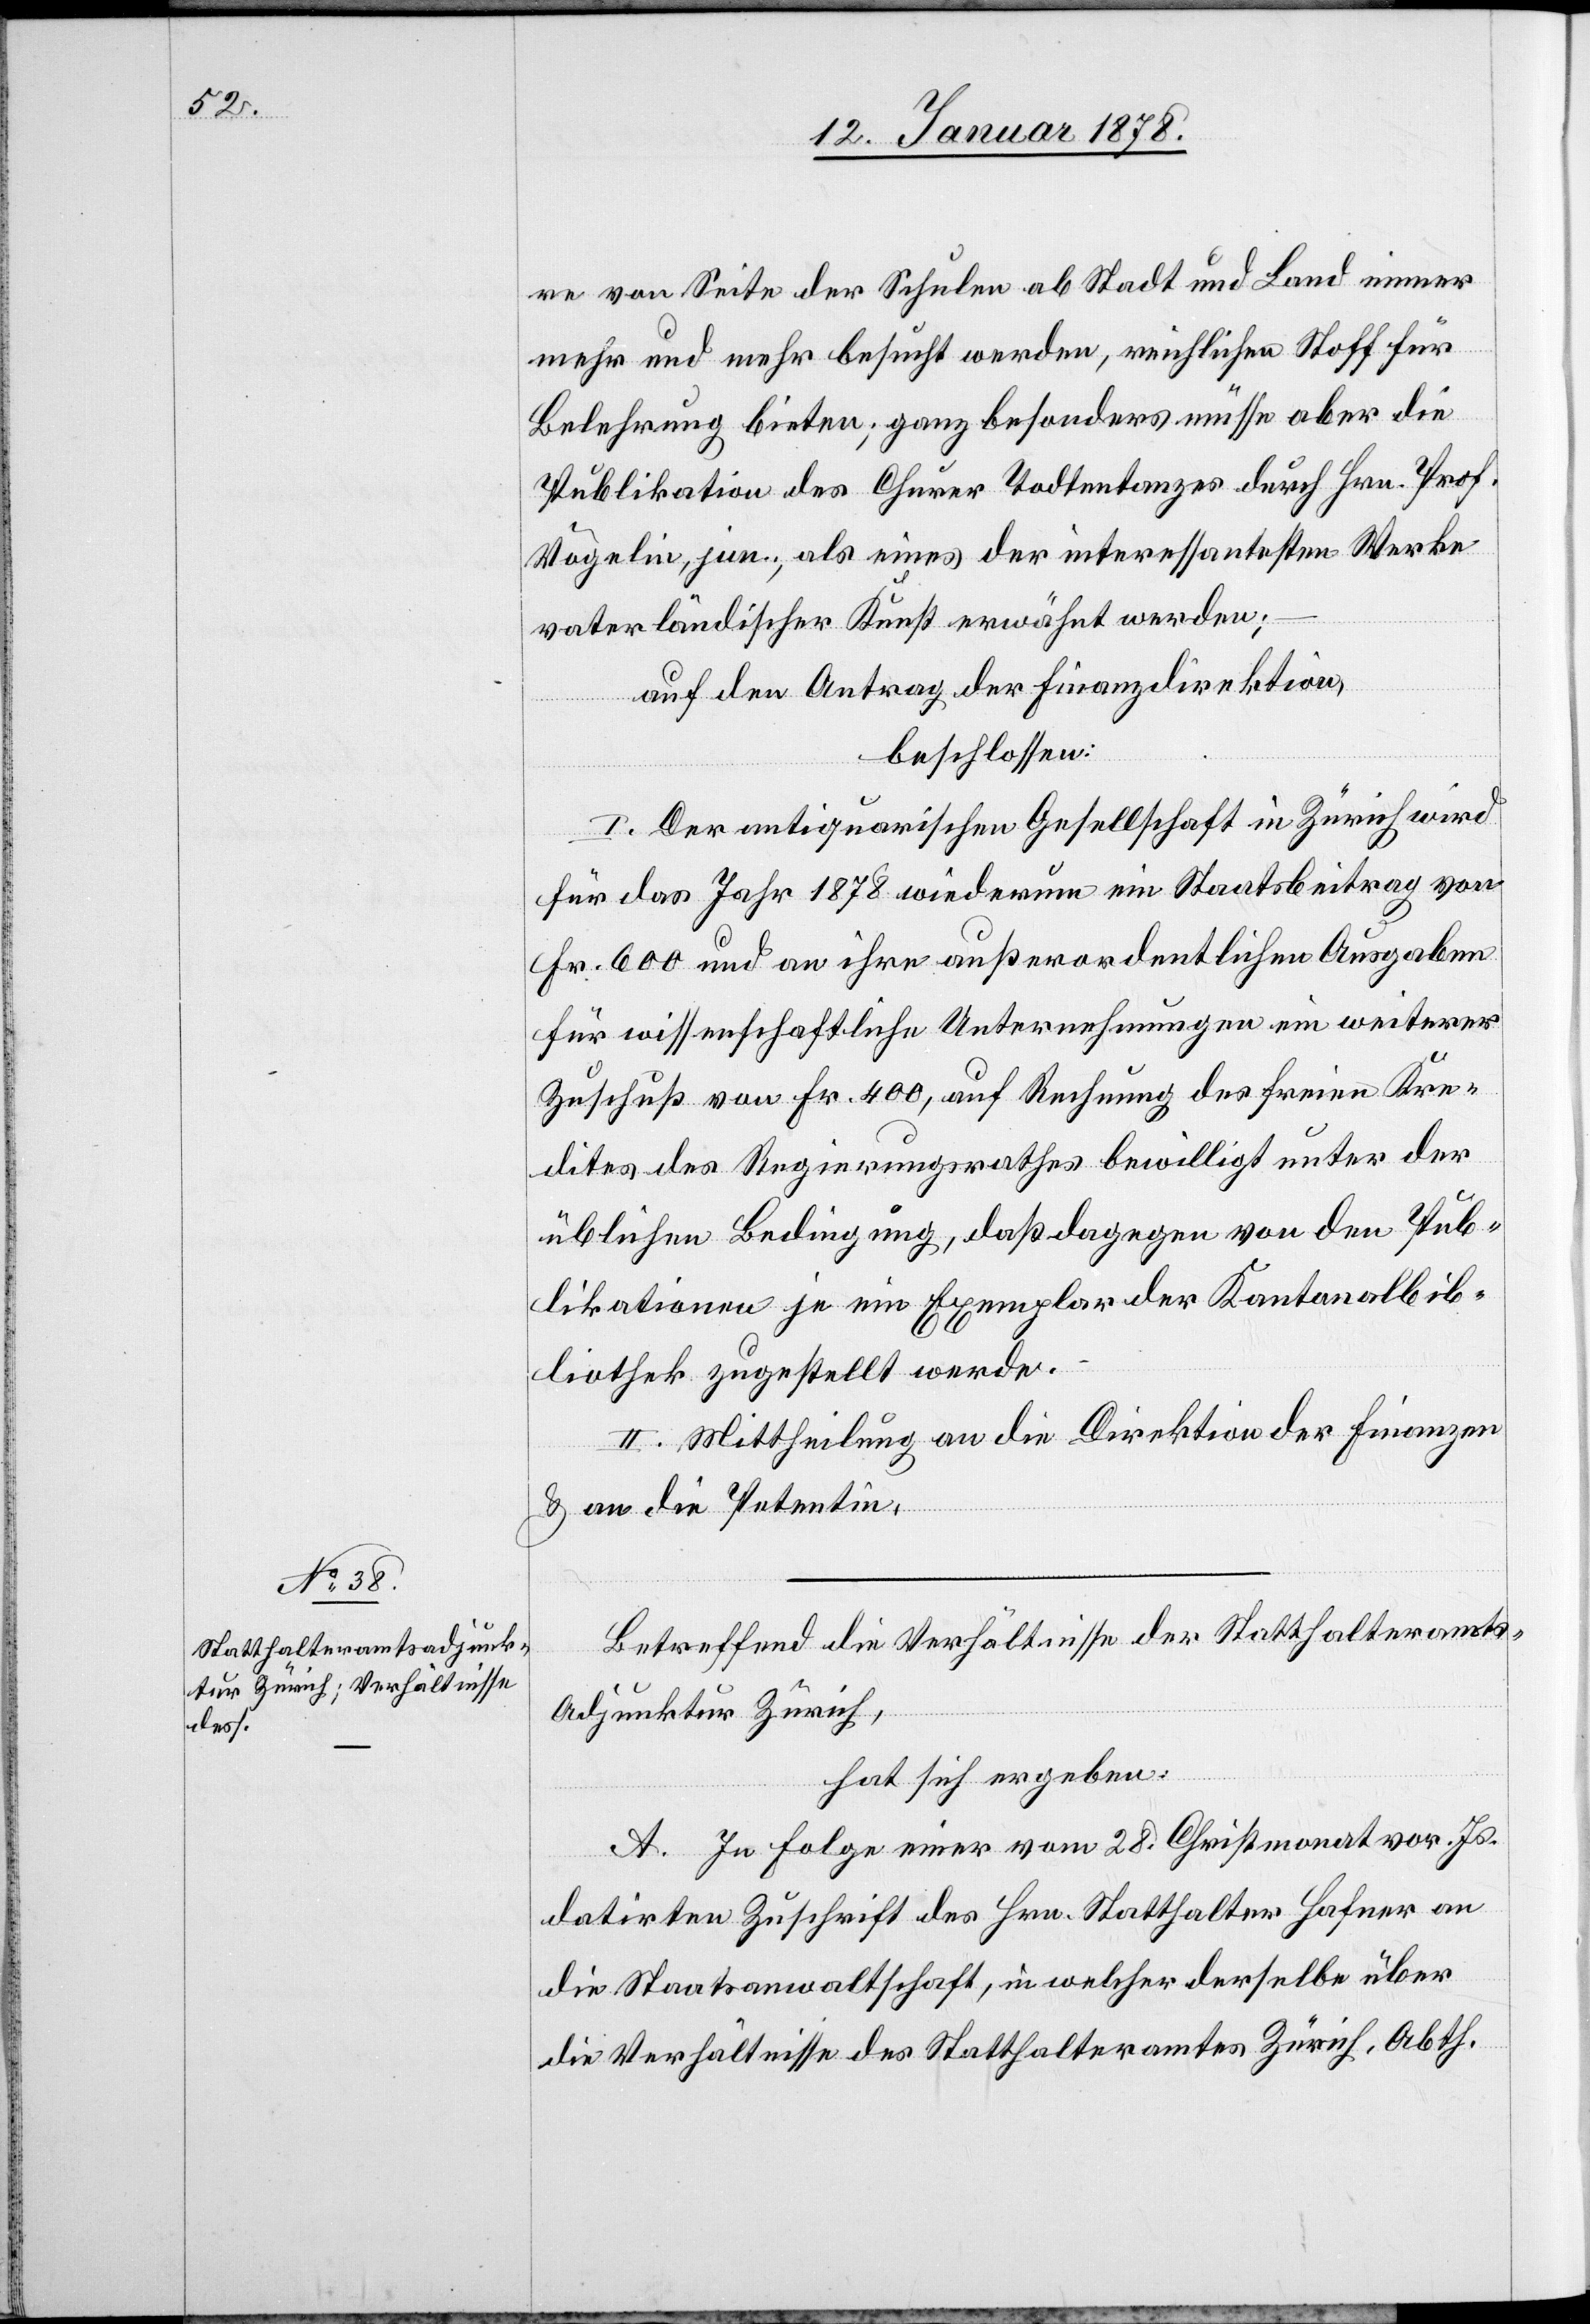
re von Seite der Schulen als Stadt und Land immer
mehr und mehr besucht werden, reichlichen Stoff für
Belehrung bieten; ganz besonders müsse aber die
Publikation des Churer Todtentanzes durch Hrn. Prof.
Nägelin, jun., als eines der interessantesten Werke
vaterländischer Kunst erwähnt werden;
auf den Antrag der Finanzdirektion,
beschlossen:
I. Der antiquarischen Gesellschaft in Zürich wird
für das Jahr 1878 wiederum im Staatsbeitrag von
Fr. 600 und an ihre außerordentlichen Ausgaben
für wissenschaftliche Unternehmungen ein weiterer
Zuschuß von Fr. 400, auf Rechnung des freien Kre¬
dites des Regierungsrathes bewilligt unter der
üblichen Bedingung, daß dagegen von den Pub¬
likationen je ein Exemplar der Kantonalbib¬
liothek zugestellt werde.
II. Mittheilung an die Direktion der Finanzen
& an die Petentin.
Betreffend die Verhältnisse der Statthalteramt¬
s-Adjunktur Zürich,
hat sich ergeben:
A. In Folge einer vom 28. Christmonat vor. Js.
datirten Zuschrift des Hrn. Statthalter Hafner an
die Staatsanwaltschaft, in welcher derselbe über
die Verhältnisse des Statthalteramtes Zürich, Abth.